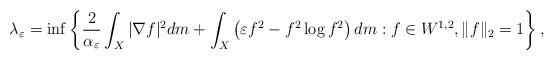
LaTeX: \begin{align*} \lambda_{\varepsilon} = \inf\left\{\frac{2}{\alpha_{\varepsilon}}\int_{X}|\nabla f|^2dm + \int_{X}\left(\varepsilon f^2-f^2\log f^2\right)dm: f\in W^{1,2}, \|f\|_2=1 \right\}, \end{align*}